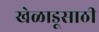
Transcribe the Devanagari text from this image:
खेळाडूसाठी